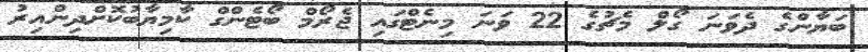
ބަޔާންގެ ދެވަނަ ގޯލް މެޗުގެ 22 ވަނަ މިނެޓްގައި ޖެރޯމް ބޯޓެންގް ކާމިޔާބުކޮށްދިންއިރު